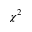
\chi ^ { 2 }